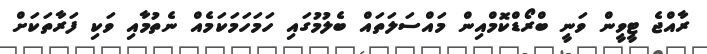
ރާއްޖެ ޓީވީން ވަނީ ބްްރޯޑްކޮމްއިން މައްސަލަތައް ބެލުމުގައި ހަމަހަމަކަމެއް ނެތުމާއި ވަކި ފަރާތަކަށް